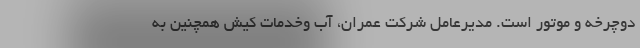
دوچرخه و موتور است. مدیرعامل شرکت عمران، آب وخدمات کیش همچنین به